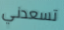
تسعدني